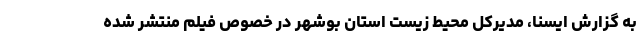
به گزارش ایسنا، مدیرکل محیط زیست استان بوشهر در خصوص فیلم منتشر شده